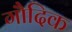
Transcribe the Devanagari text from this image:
गौदिक